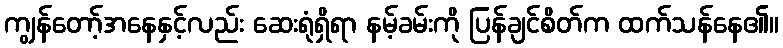
ကျွန်တော့်အနေနှင့်လည်း ဆေးရုံရှိရာ နမ့်ခမ်းကို ပြန်ချင်စိတ်က ထက်သန်နေ၏။